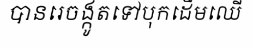
បានរេចង្កូតទៅបុកដើមឈើ